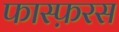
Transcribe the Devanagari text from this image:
फास्फ़रस